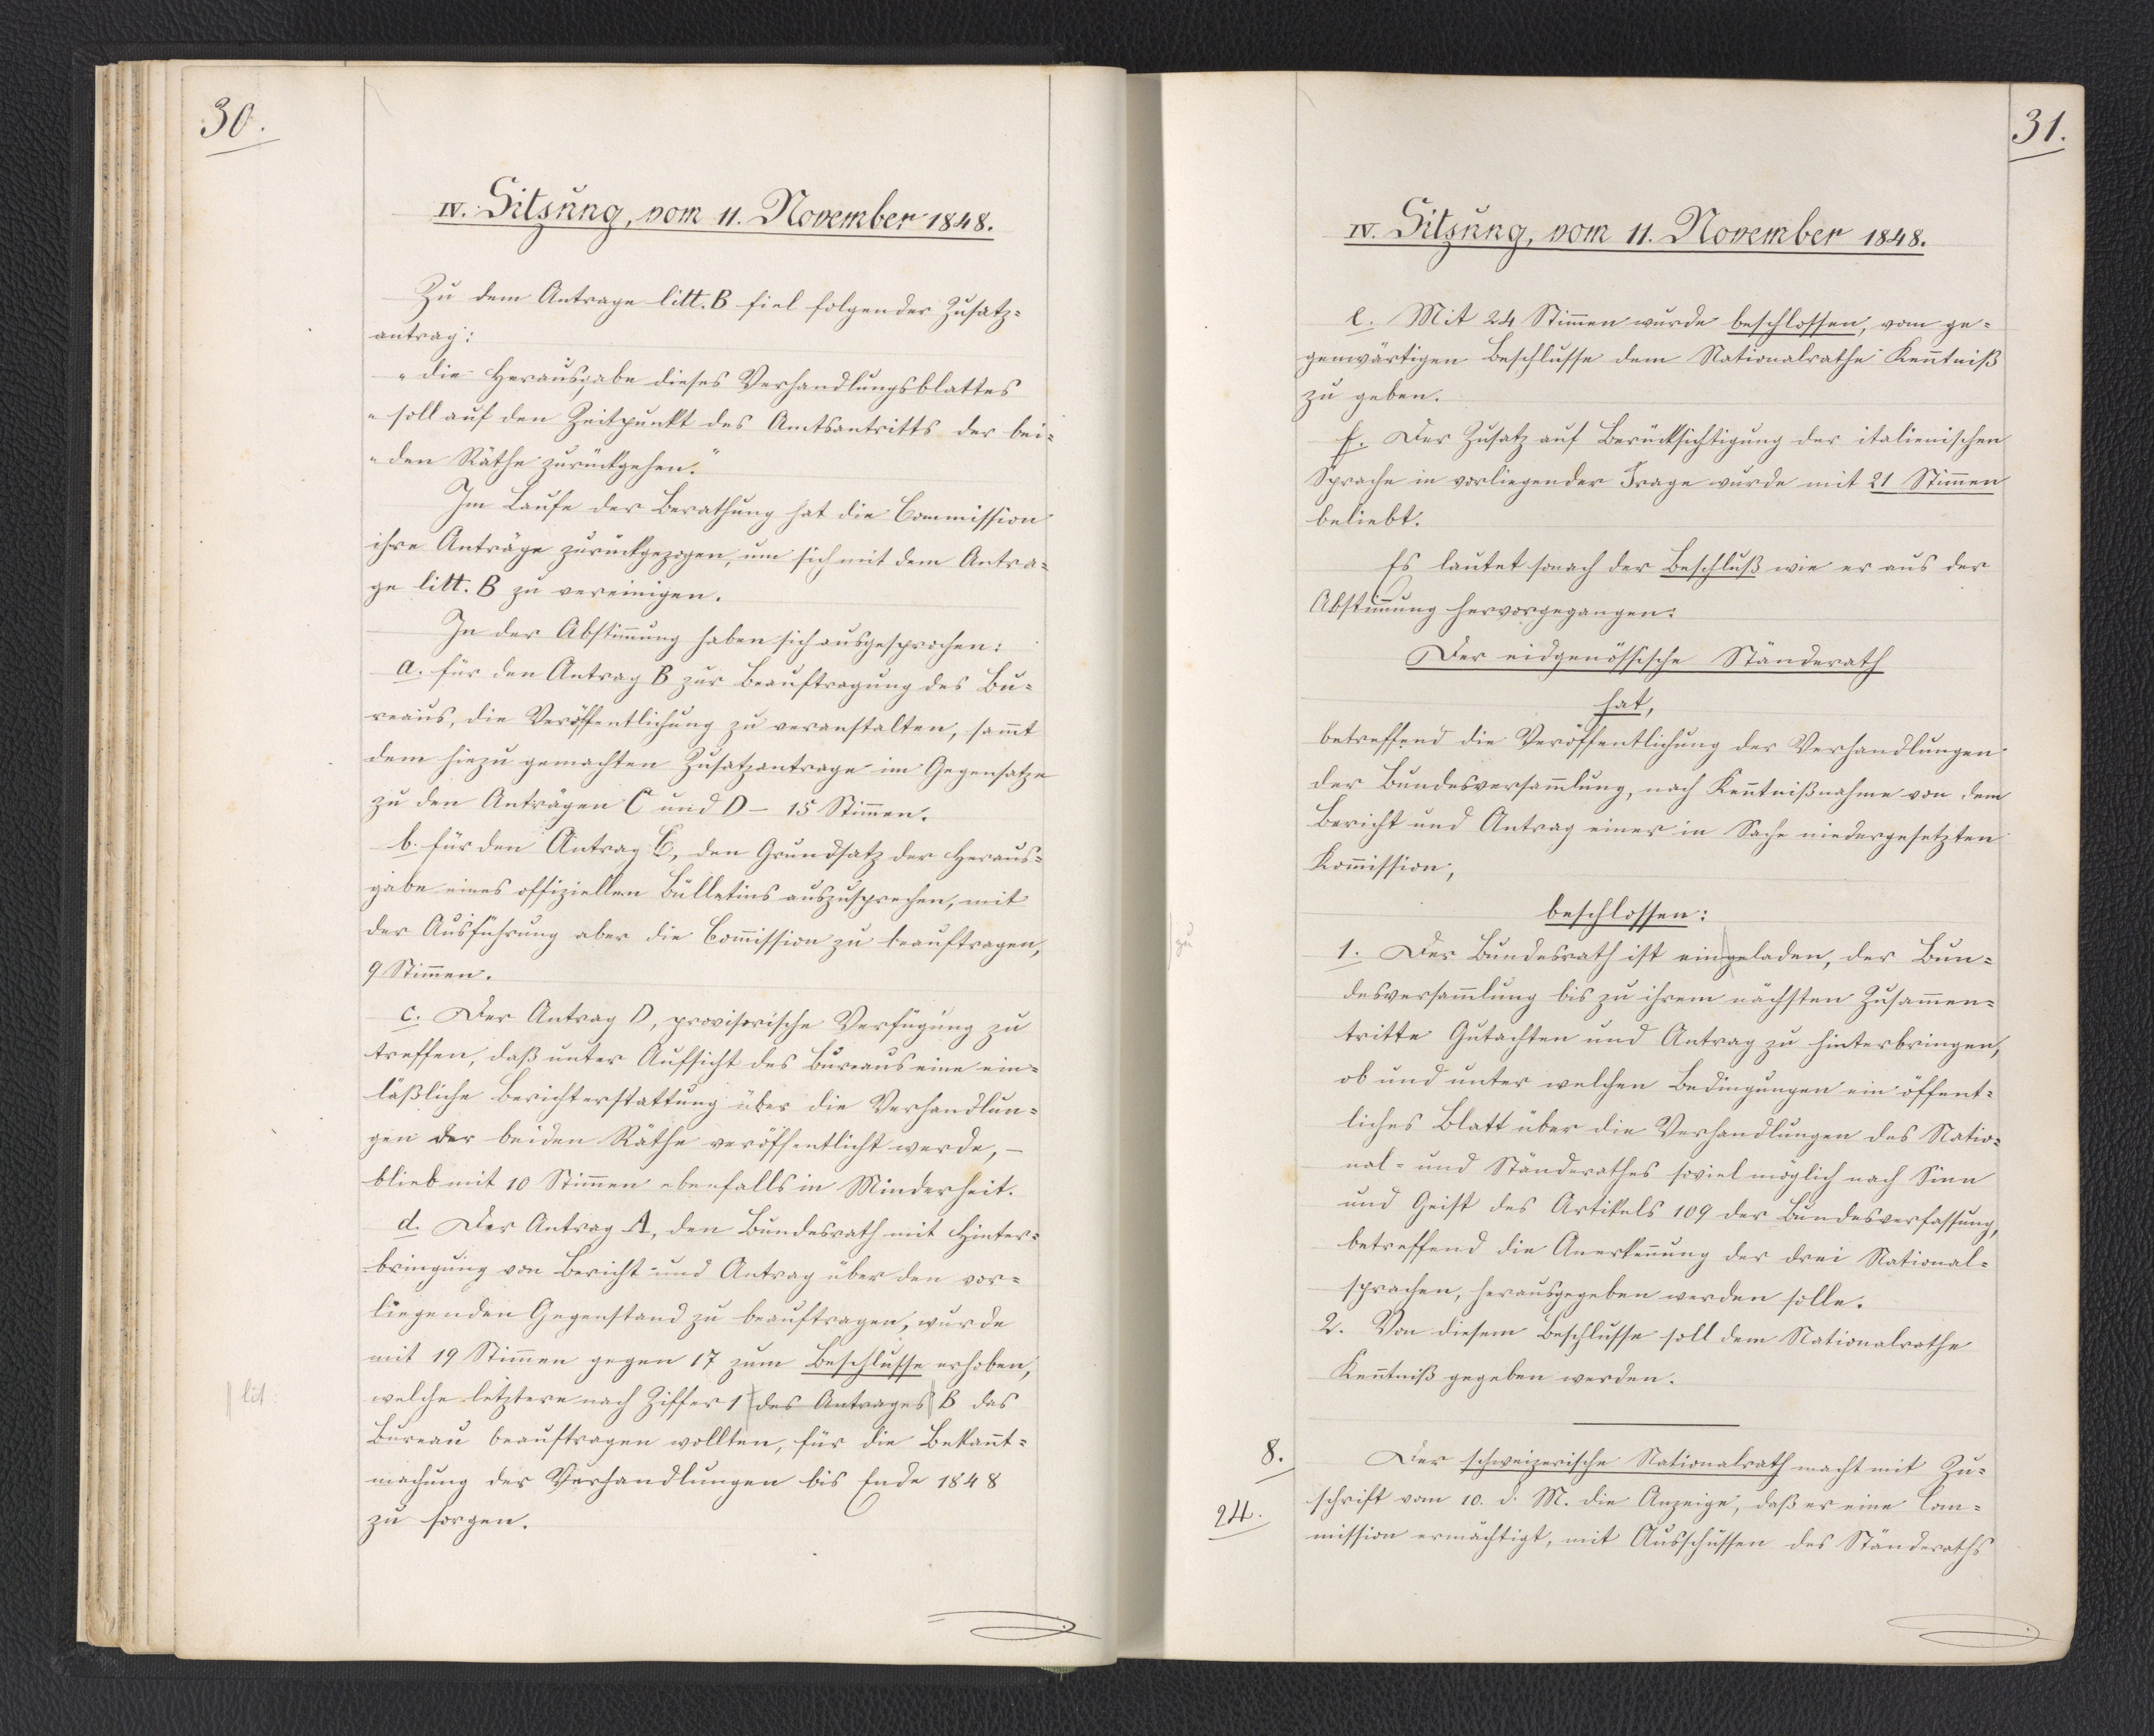
30.

IV. Sitzung, vom 11. November 1848.

Zu dem Antrage litt. B fiel folgender Zusatz¬
antrag:
"die Herausgabe dieses Verhandlungsblattes
soll auf den Zeitpunkt des Amtsantritts der bei¬
den Räthe zurückgehen."
Im Laufe der Berathung hat die Commission
ihre Anträge zurückgezogen, um sich mit dem Antra¬
ge litt. B zu vereinigen.
In der Abstimmung haben sich ausgesprochen:
a. für den Antrag B zur Beauftragung des Bu¬
reaus, die Veröffentlichung zu veranstalten, sammt
dem hiezu gemachten Zusatzantrage im Gegensatze
zu den Anträgen C und D - 15 Stimmen.
b. für den Antrag: C, den Grundsatz der Heraus¬
gabe eines offiziellen Bülletins auszusprechen, mit
der Ausführung aber die Commission zu beauftragen,
9 Stimmen.
c. Der Antrag D, provisorische Verfügung zu
treffen, daß unter Aufsicht des Bureaus eine ein¬
läßliche Berichterstattung über die Verhandlun¬
gen der beiden Räthe veröffentlicht werde, -
blieb mit 10 Stimmen ebenfalls in Minderheit.
d. Der Antrag A, den Bundesrath mit Hinter¬
bringung von Bericht und Antrag über den vor¬
liegenden Gegenstand zu beauftragen, wurde
mit 19 Stimmen gegen 17 zum Beschlusse erhoben,
welche letztere nach Ziffer 1 des Antrages B das
Bureau beauftragen wollten, für die Bekannt¬
machung der Verhandlungen bis Ende 1848
zu sorgen.

31.

IV. Sitzung, vom 11. November 1848.

e. Mit 24 Stimmen wurde beschlossen, vom ge¬
genwärtigen Beschlusse dem Nationalrathe Kenntniß
zu geben.
f. Der Zusatz auf Berücksichtigung der italienischen
Sprache in vorliegender Frage wurde mit 21 Stimmen,
beliebt.
Es lautet sonach der Beschluß wie er aus der
Abstimmung hervorgegangen:
Der eidgenössische Ständerath
hat,
betreffend die Veröffentlichung der Verhandlungen
der Bundesversammlung, nach Kenntnißnahme von dem
Bericht und Antrag einer in Sache niedergesetzten
Kommission,
beschlossen:
1. Der Bundesrath ist eingeladen, der Bun¬
desversammlung bis zu ihrem nächsten Zusammen¬
tritte Gutachten und Antrag zu hinterbringen,
ob und unter welchen Bedingungen ein öffent¬
liches Blatt über die Verhandlungen des Natio¬
nal- und Ständerathes soviel möglich nach Sinn
und Geist des Artikels 109 der Bundesverfassung,
betreffend die Anerkennung der drei National¬
sprachen, herausgegeben werden solle.
2. Von diesem Beschlusse soll dem Nationalrathe
Kenntniß gegeben werden.
Der schweizerische Nationalrath macht mit Zu¬
schrift vom 10. d. M. die Anzeige, daß er eine Com¬
mission ermächtigt, mit Ausschüssen des Ständeraths

8.
24.